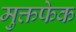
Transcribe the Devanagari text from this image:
मुक्तफेक